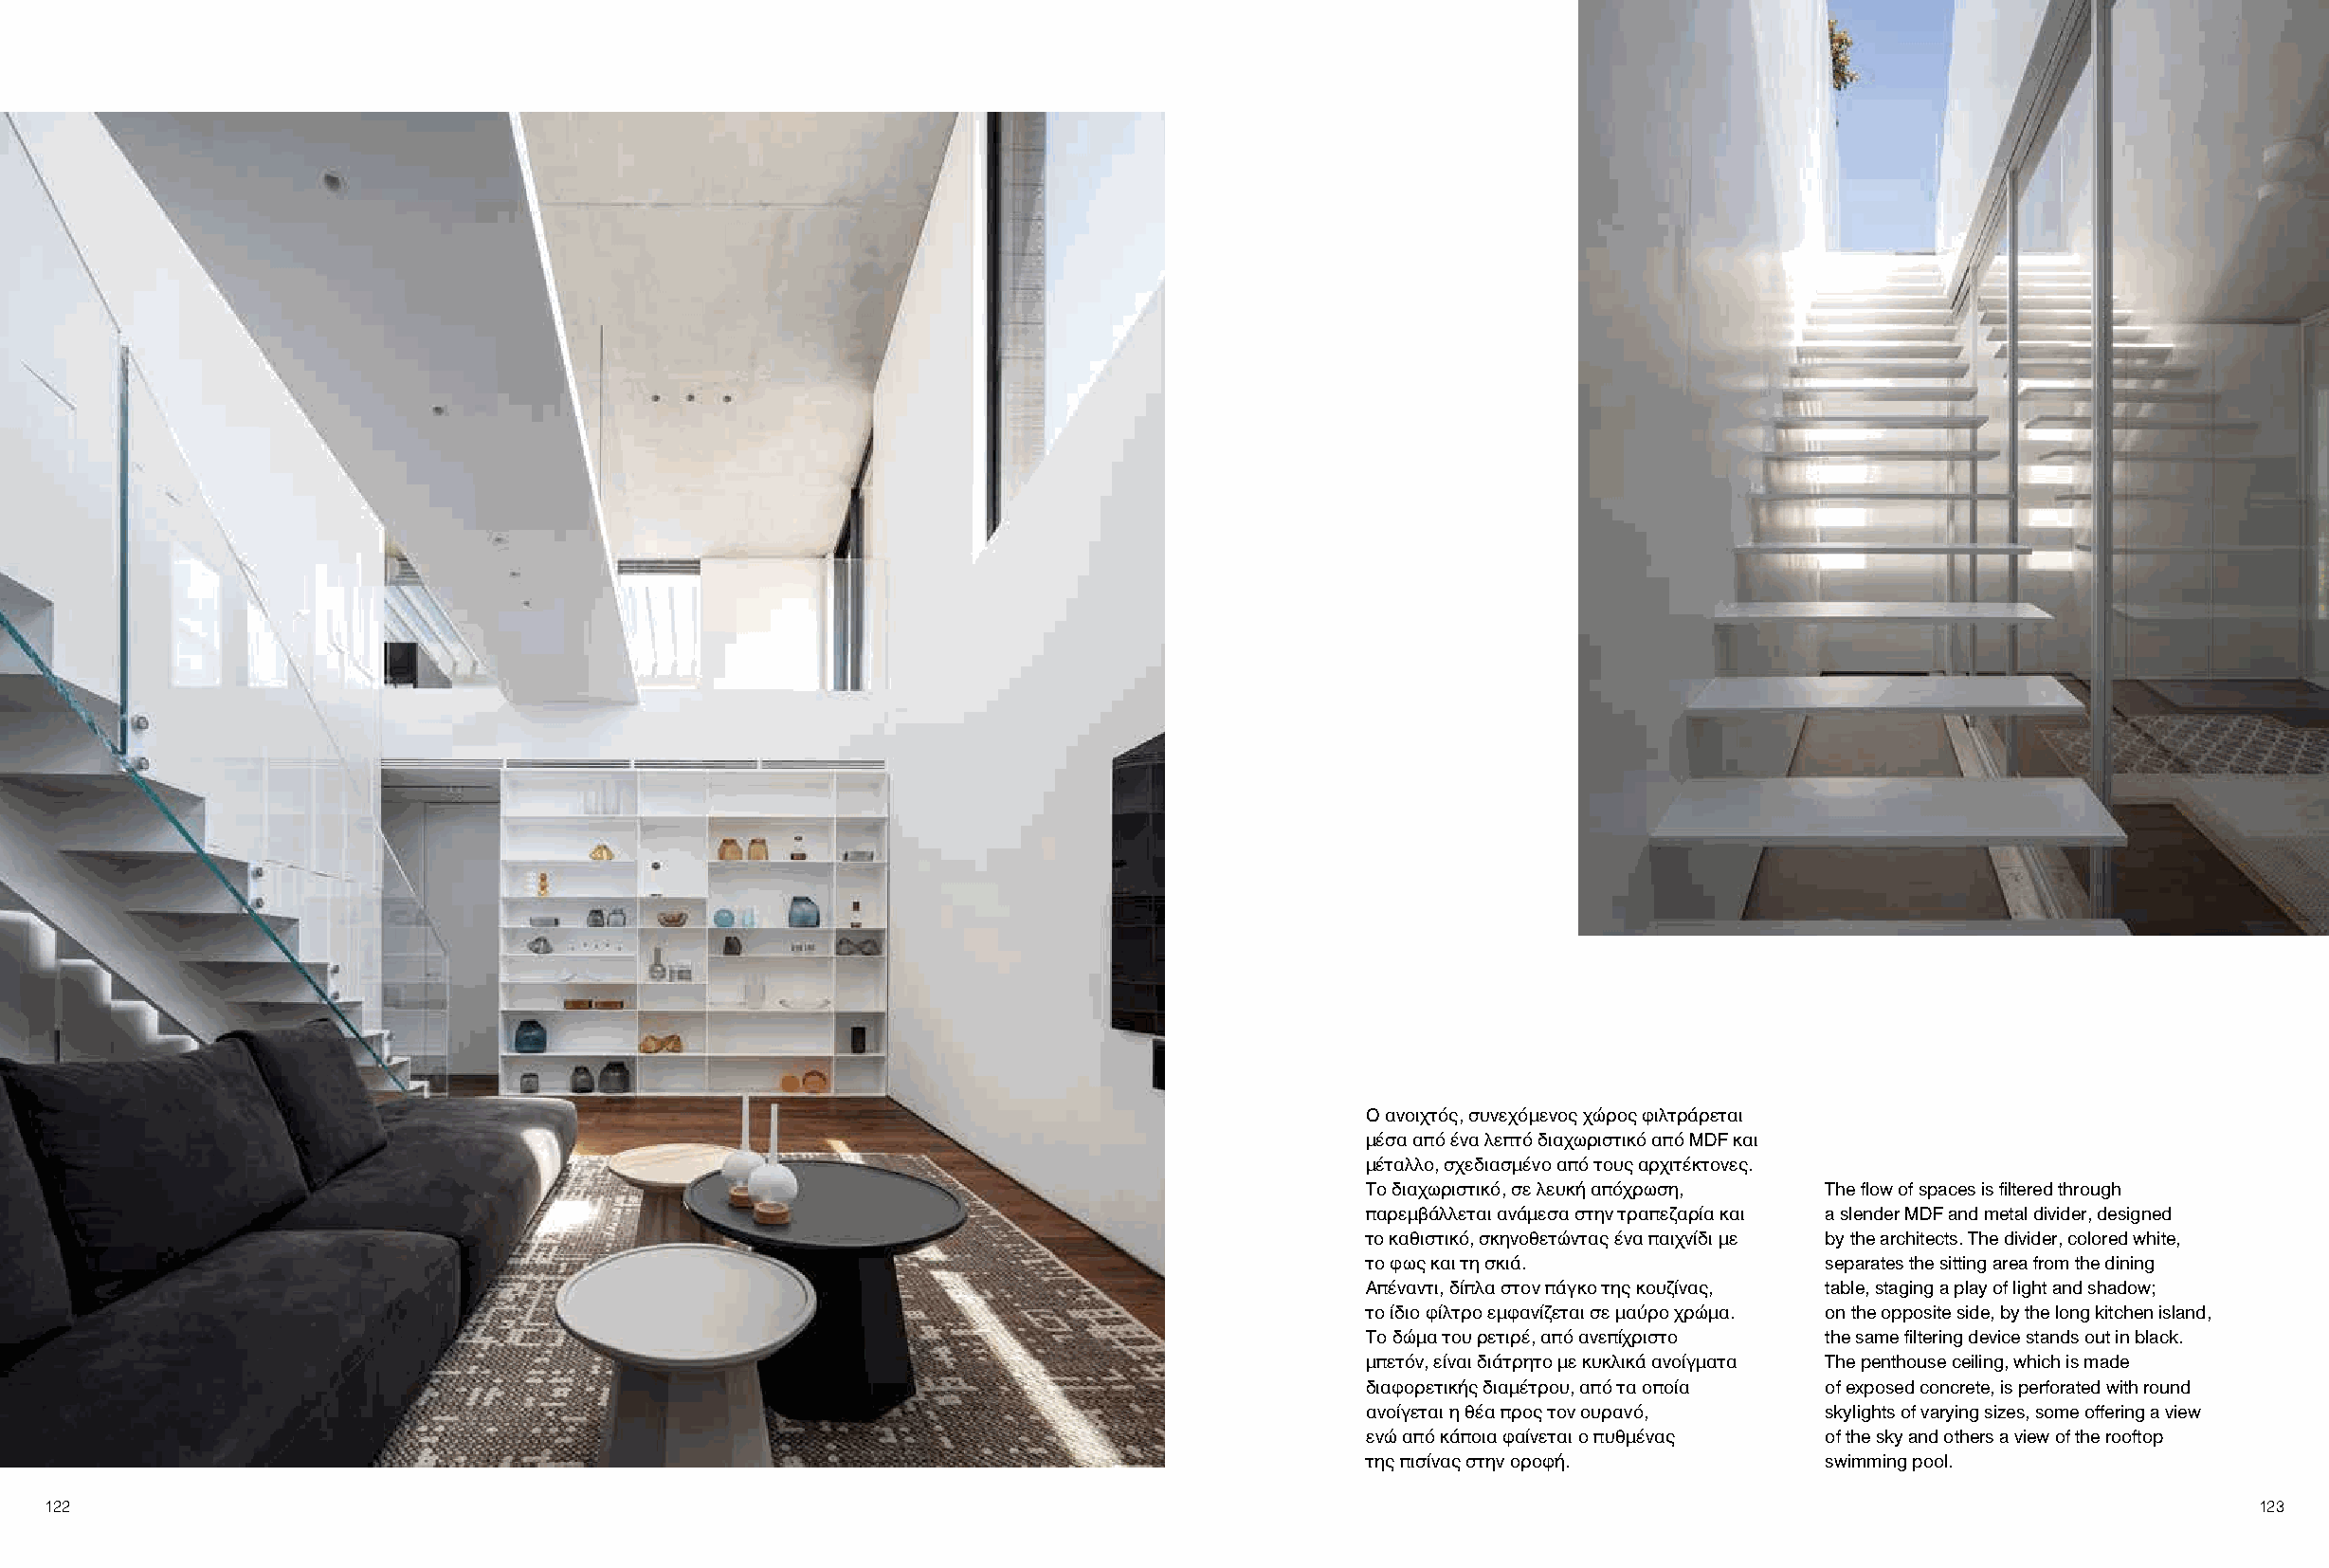
O ανοιχτός, συνεχόμενος χώρος φιλτράρεται
 μέσα από ένα λεπτό διαχωριστικό από MDF και
 μέταλλο, σχεδιασμένο από τους αρχιτέκτονες.
 Το διαχωριστικό, σε λευκή απόχρωση, The flow of spaces is filtered through
 παρεμβάλλεται ανάμεσα στην τραπεζαρία και a slender MDF and metal divider, designed
 το καθιστικό, σκηνοθετώντας ένα παιχνίδι με by the architects. The divider, colored white,
 το φως και τη σκιά.             separates the sitting area from the dining
 Απέναντι, δίπλα στον πάγκο της κουζίνας, table, staging a play of light and shadow;
 το ίδιο φίλτρο εμφανίζεται σε μαύρο χρώμα. on the opposite side, by the long kitchen island,
 Το δώμα του ρετιρέ, από ανεπίχριστο the same filtering device stands out in black.
 μπετόν, είναι διάτρητο με κυκλικά ανοίγματα The penthouse ceiling, which is made
 διαφορετικής διαμέτρου, από τα οποία of exposed concrete, is perforated with round
 ανοίγεται η θέα προς τον ουρανό, skylights of varying sizes, some offering a view
 ενώ από κάποια φαίνεται ο πυθμένας of the sky and others a view of the rooftop
 της πισίνας στην οροφή.         swimming pool.
 122                                                                                                                                                        123